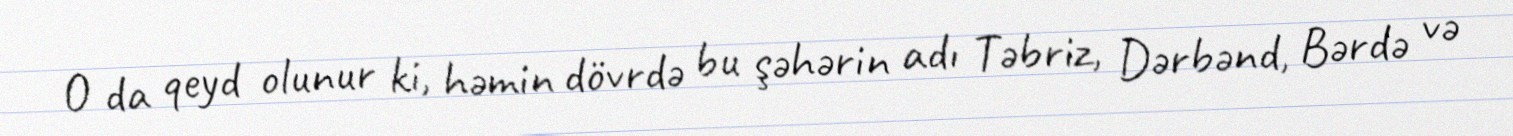
O da qeyd olunur ki, həmin dövrdə bu şəhərin adı Təbriz, Dərbənd, Bərdə və